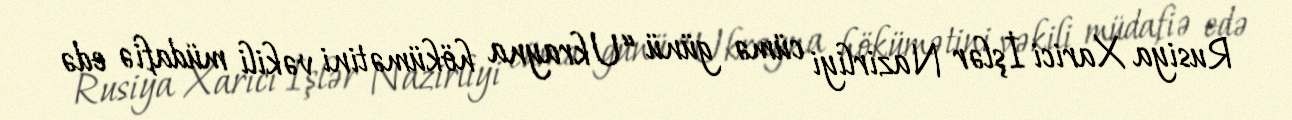
Rusiya Xarici İşlər Nazirliyi cümə günü “Ukrayna hökümətini vəkili müdafiə edə